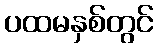
ပထမနှစ်တွင်